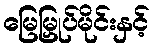
မြေမြှုပ်မိုင်းနှင့်